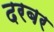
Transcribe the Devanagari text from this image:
दरबर